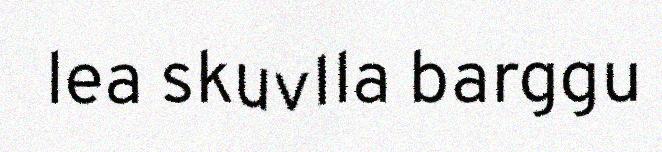
lea skuvlla barggu